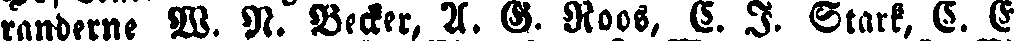
randerne W. N. Becker, A. G. Roos, a. I. Stark, C. E